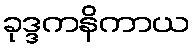
ခုဒ္ဒကနိကာယ